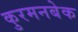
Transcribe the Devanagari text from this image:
कुरमनबेक